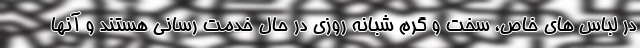
در لباس های خاص، سخت و گرم شبانه روزی در حال خدمت رسانی هستند و آنها